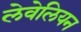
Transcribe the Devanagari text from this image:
लेवेलियन